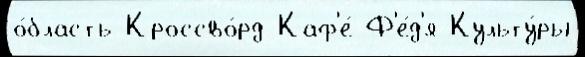
о́бласть Кроссво́рд-Каф'е́ Ф'е́д'я Культу́ры